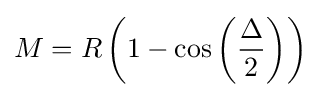
M=R\left(1-\cos \left({\frac {\Delta }{2}}\right)\right)